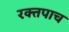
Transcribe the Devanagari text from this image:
रक्तपाच